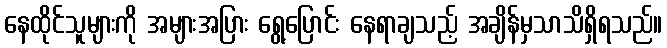
နေထိုင်သူများကို အများအပြား ရွေ့ပြောင်း နေရာချသည့် အချိန်မှသာသိရှိရသည်။